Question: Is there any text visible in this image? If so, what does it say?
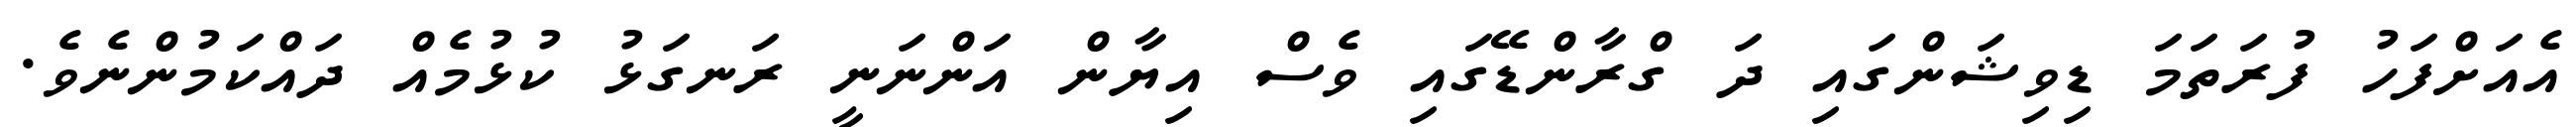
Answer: އެއަށްފަހު ފުރަތަމަ ޑިވިޝަންގައި ދަ ގްރާންޑޭގައި ވެސް އިޔާން އަންނަނީ ރަނގަޅު ކުޅުމެއް ދައްކަމުންނެވެ.